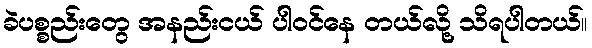
ခဲပစ္စည်းတွေ အနည်းငယ် ပါဝင်နေ တယ်လို့ သိရပါတယ်။